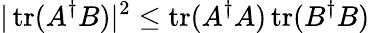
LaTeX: |\operatorname{tr}(A^{\dagger}B)|^{2}\leq\operatorname{tr}(A^{\dagger}A)\operatorname{tr}(B^{\dagger}B)